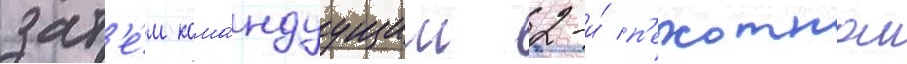
зат'е́м кома́ндуущим 2-и́ п'ехотнои